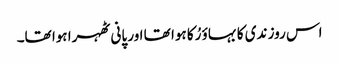
اس روز ندی کا بہاؤ رُکا ہوا تھا اور پانی ٹھہرا ہوا تھا۔